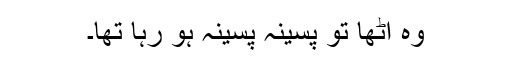
وہ اٹھا تو پسینہ پسینہ ہو رہا تھا۔